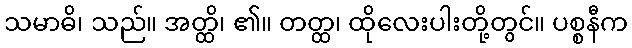
သမာဓိ၊ သည်။ အတ္ထိ၊ ၏။ တတ္ထ၊ ထိုလေးပါးတို့တွင်။ ပစ္စနီက